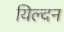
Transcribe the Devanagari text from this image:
यिल्दन